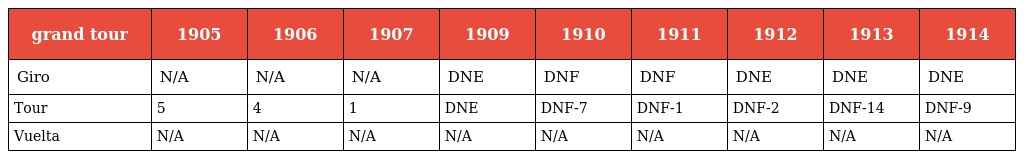
| grand tour | 1905 | 1906 | 1907 | 1909 | 1910 | 1911 | 1912 | 1913 | 1914 |
 | --- | --- | --- | --- | --- | --- | --- | --- | --- | --- |
 | Giro | N/A | N/A | N/A | DNE | DNF | DNF | DNE | DNE | DNE |
 | Tour | 5 | 4 | 1 | DNE | DNF-7 | DNF-1 | DNF-2 | DNF-14 | DNF-9 |
 | Vuelta | N/A | N/A | N/A | N/A | N/A | N/A | N/A | N/A | N/A |